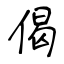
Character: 偈